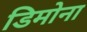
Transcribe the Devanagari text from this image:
डिमोना